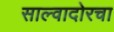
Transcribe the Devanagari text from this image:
साल्वादोरचा